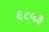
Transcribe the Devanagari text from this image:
६८५३